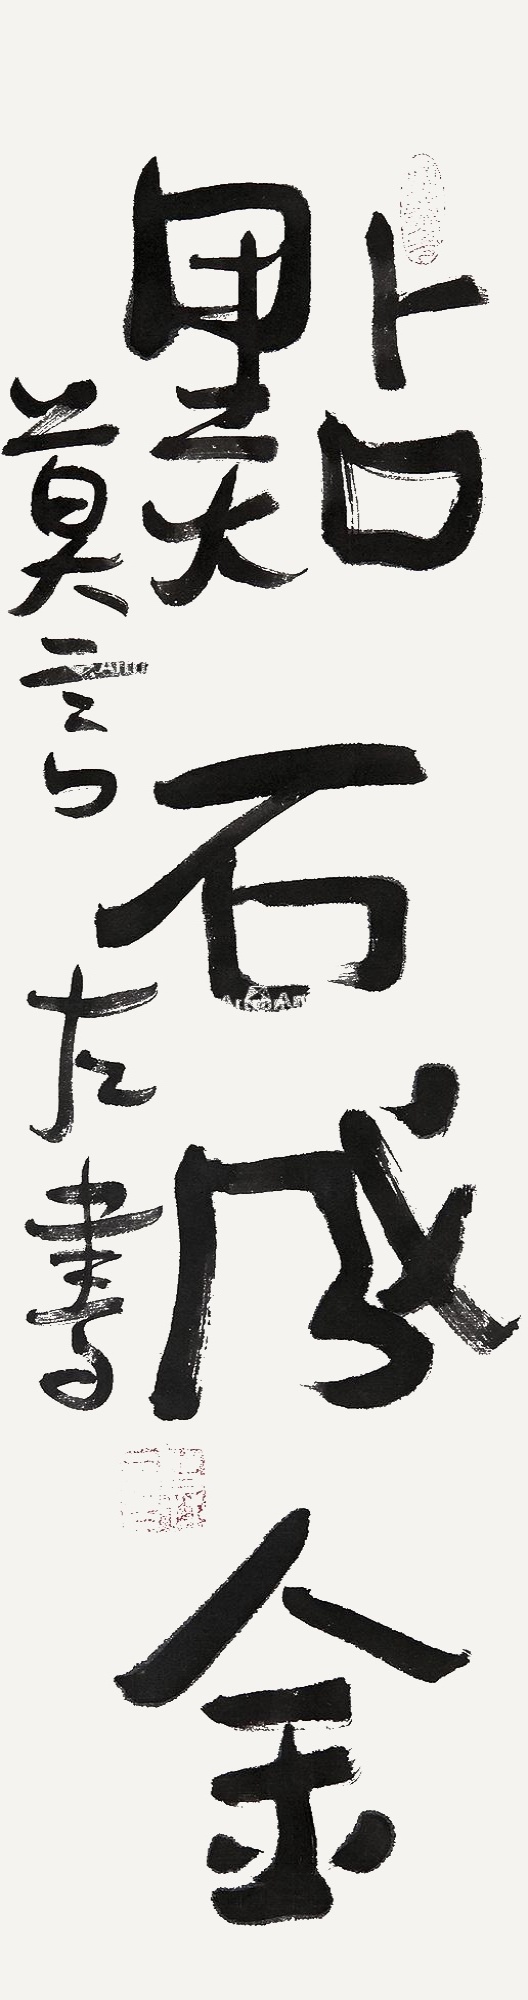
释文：点石成金。莫言左书。